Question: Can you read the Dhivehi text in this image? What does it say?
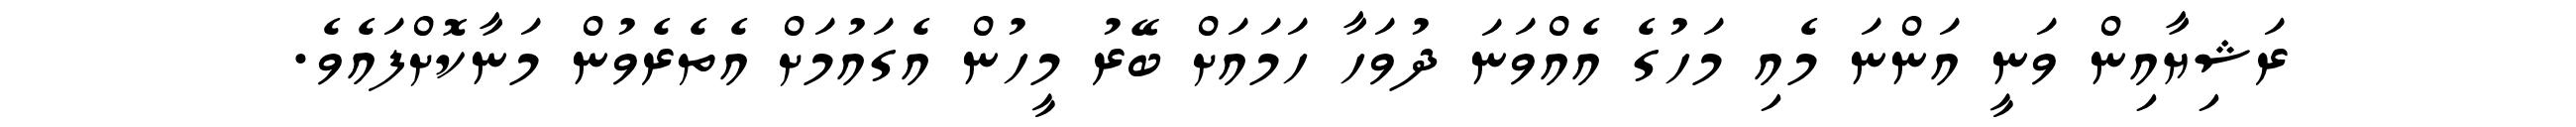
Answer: ރަޝިޔާއިން ވަނީ އަންނަ މެއި މަހުގެ އެއްވަނަ ދުވަހާ ހަމައަށް ބޭރު މީހުން އެގައުމަށް އެތެރެވުން މަނާކޮށްފައެވެ.